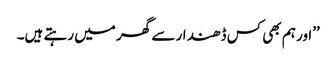
’’اور ہم بھی کس ڈھندار سے گھر میں رہتے ہیں۔